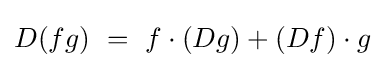
D(fg)\ =\ f\cdot (Dg)+(Df)\cdot g